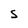
Character: S